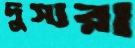
দুস্যরা